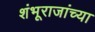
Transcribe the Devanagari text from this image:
शंभूराजांच्या